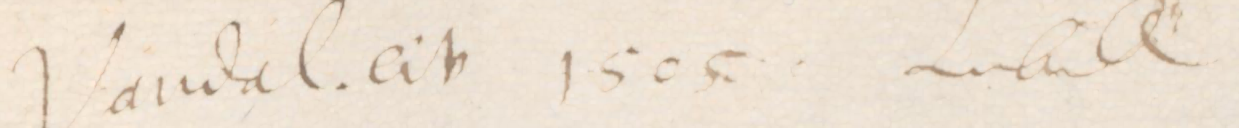
Vandal. civ 1505 Lubeck